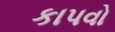
કાપવો